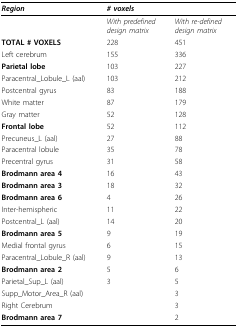
<table><thead><tr><td><b><i>Region</i></b></td><td colspan="2"><b><i># voxels</i></b></td></tr></thead><tbody><tr><td></td><td><i>With predefined design matrix</i></td><td><i>With re-defined design matrix</i></td></tr><tr><td><b>TOTAL # VOXELS</b></td><td>228</td><td>451</td></tr><tr><td>Left cerebrum</td><td>155</td><td>336</td></tr><tr><td><b>Parietal lobe</b></td><td>103</td><td>227</td></tr><tr><td>Paracentral_Lobule_L (aal)</td><td>103</td><td>212</td></tr><tr><td>Postcentral gyrus</td><td>83</td><td>188</td></tr><tr><td>White matter</td><td>87</td><td>179</td></tr><tr><td>Gray matter</td><td>52</td><td>128</td></tr><tr><td><b>Frontal lobe</b></td><td>52</td><td>112</td></tr><tr><td>Precuneus_L (aal)</td><td>27</td><td>88</td></tr><tr><td>Paracentral lobule</td><td>35</td><td>78</td></tr><tr><td>Precentral gyrus</td><td>31</td><td>58</td></tr><tr><td><b>Brodmann area 4</b></td><td>16</td><td>43</td></tr><tr><td><b>Brodmann area 3</b></td><td>18</td><td>32</td></tr><tr><td><b>Brodmann area 6</b></td><td>4</td><td>26</td></tr><tr><td>Inter-hemispheric</td><td>11</td><td>22</td></tr><tr><td>Postcentral_L (aal)</td><td>14</td><td>20</td></tr><tr><td><b>Brodmann area 5</b></td><td>9</td><td>19</td></tr><tr><td>Medial frontal gyrus</td><td>6</td><td>15</td></tr><tr><td>Paracentral_Lobule_R (aal)</td><td>9</td><td>13</td></tr><tr><td><b>Brodmann area 2</b></td><td>5</td><td>6</td></tr><tr><td>Parietal_Sup_L (aal)</td><td>3</td><td>5</td></tr><tr><td>Supp_Motor_Area_R (aal)</td><td></td><td>3</td></tr><tr><td>Right Cerebrum</td><td></td><td>3</td></tr><tr><td><b>Brodmann area 7</b></td><td></td><td>2</td></tr></tbody></table>